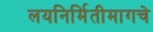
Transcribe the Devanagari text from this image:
लयनिर्मितीमागचे